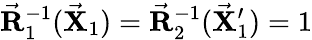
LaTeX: \vec{\mathbf R}_{1}^{-1}(\vec{\mathbf X}_{1})=\vec{\mathbf R}_{2}^{-1}(\vec{\mathbf X}_{1}^{\prime})=1